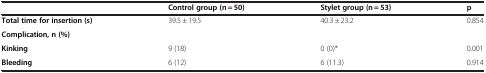
<table><thead><tr><td><b> </b></td><td><b>Control group (n = 50)</b></td><td><b>Stylet group (n = 53)</b></td><td><b>p</b></td></tr></thead><tbody><tr><td><b>Total time for insertion (s)</b></td><td>39.5 ± 19.5</td><td>40.3 ± 23.2</td><td>0.854</td></tr><tr><td><b>Complication, n (%)</b></td><td> </td><td> </td><td> </td></tr><tr><td><b>Kinking</b></td><td>9 (18)</td><td>0 (0)*</td><td>0.001</td></tr><tr><td><b>Bleeding</b></td><td>6 (12)</td><td>6 (11.3)</td><td>0.914</td></tr></tbody></table>